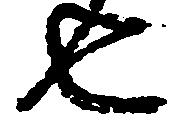
由